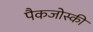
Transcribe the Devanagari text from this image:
पैकजोस्की